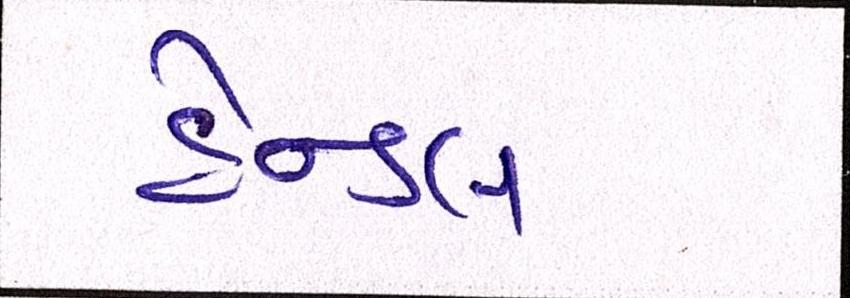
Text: હેન્ડલ